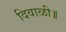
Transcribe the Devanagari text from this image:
दिवाळी॥